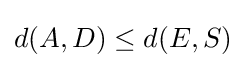
d(A,D)\leq d(E,S)